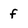
Character: f